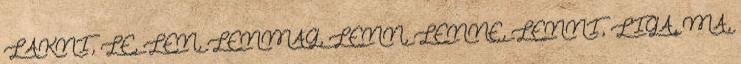
LAKNI, LE, LEN, LENMAG, LENN, LENNE, LENNI, LIGA, MA,